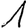
Digit: 1